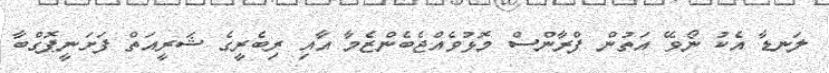
ލަނޑާ އެކު ނޯވޭ އަތުން ފްރާންސް މޮޅުވެއްޖެބެންޒެމާ އާއި ރިބެރީގެ ޝަރީއަތް ފަށަނީޕޮގްބާ